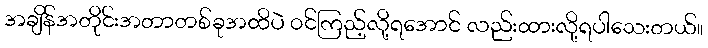
အချိန်အတိုင်းအတာတစ်ခုအထိပဲ ဝင်ကြည့်လို့ရအောင် လည်းထားလို့ရပါသေးတယ်။